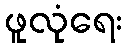
ဖူလုံရေး